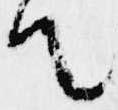
て